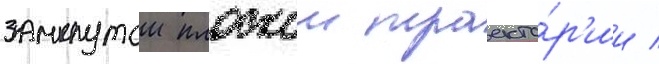
замкнутои плоскои траекто́р'ии /